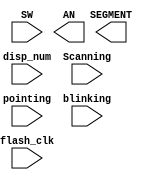
`timescale 1ns / 1ps
module seven_seg_dev(input[31:0] disp_num,
					input [1:0] SW,
					input flash_clk,
					input [1:0] Scanning,
					input [3:0] pointing,
					input [3:0] blinking,
					output[3:0] AN,
					output [7:0] SEGMENT
					);
					
endmodule